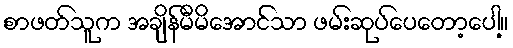
စာဖတ်သူက အချိန်မီမိအောင်သာ ဖမ်းဆုပ်ပေတော့ပေါ့။